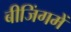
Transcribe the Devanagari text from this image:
बीजिंगमें